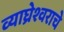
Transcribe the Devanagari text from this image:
व्याघ्रेश्वराचे